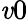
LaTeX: \mathit{v}0